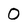
Character: 0